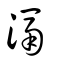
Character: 滆